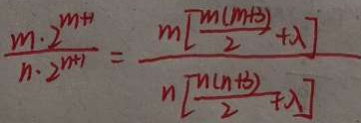
\frac { m \cdot 2 ^ { m + 1 } } { n \cdot 2 ^ { n + 1 } } = \frac { m [ \frac { m ( m + 3 ) } { 2 } + \lambda ] } { n [ \frac { n ( n + 3 ) } { 2 } + \lambda ] }